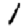
Digit: 1